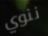
ننوي